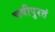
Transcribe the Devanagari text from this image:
चवीपुरतं